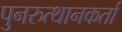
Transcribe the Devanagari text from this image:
पुनरुत्थानकर्ता